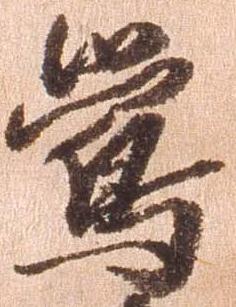
鶯